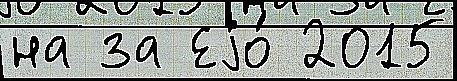
на за Еjо́ 2015